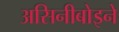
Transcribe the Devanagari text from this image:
असिनीबोइने